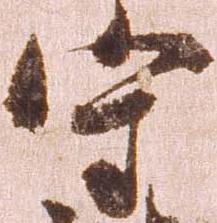
守